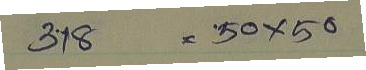
318 = 50 x 50